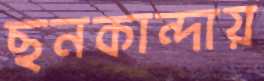
ছনকান্দায়